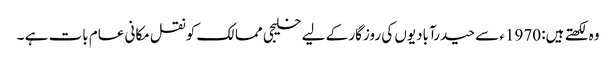
وہ لکھتے ہیں: 1970ء سے حیدرآبادیوں کی روزگار کے لیے خلیجی ممالک کو نقل مکانی عام بات ہے ۔